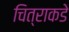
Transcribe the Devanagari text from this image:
चित्राकडे